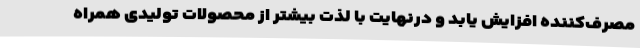
مصرف‌کننده افزایش یابد و درنهایت با لذت بیشتر از محصولات تولیدی همراه